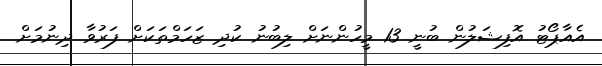
އެއާޕޯޓު އޮފިޝަލުން ބުނީ 13 މީހުންނަށް ލިބުނު ކުދި ޒަހަމްތަކަށް ފަރުވާ ދިނުމަށް